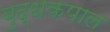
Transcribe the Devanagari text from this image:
बुद्धकपाल